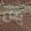
من